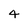
Character: 4